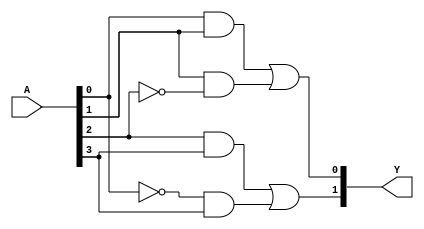
module PAL (
    input  wire [n-1:0]  A, // n input lines
    output wire [m-1:0]  Y  // m output lines
);

// Parameters for the number of inputs and outputs
parameter n = 4; // Number of inputs
parameter m = 2; // Number of outputs

// Programmable AND array
// Each AND gate can take a combination of inputs (direct and inverted)
wire [3:0] and_out; // Assuming 4 programmable AND gates

// Example of programmable connections for AND gates
assign and_out[0] = A[0] & A[1];          // AND gate 0: A0 AND A1
assign and_out[1] = A[1] & ~A[2];         // AND gate 1: A1 AND NOT A2
assign and_out[2] = A[2] & A[3];          // AND gate 2: A2 AND A3
assign and_out[3] = ~A[0] & A[3];         // AND gate 3: NOT A0 AND A3

// Fixed OR array
// Each output is a function of the AND gate outputs
assign Y[0] = and_out[0] | and_out[1];    // Output 0: OR of AND gate 0 and 1
assign Y[1] = and_out[2] | and_out[3];    // Output 1: OR of AND gate 2 and 3

endmodule